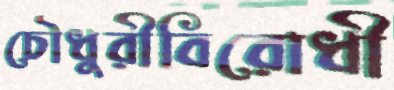
চৌধুরীবিরোধী